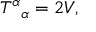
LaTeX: T ^ { \alpha } { } _ { \alpha } = 2 V ,